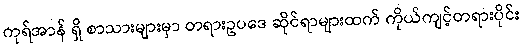
ကုရ်အာန် ရှိ စာသားများမှာ တရားဥပဒေ ဆိုင်ရာများထက် ကိုယ်ကျင့်တရားပိုင်း